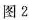
图2